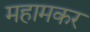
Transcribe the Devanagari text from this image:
महामकर